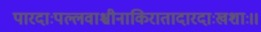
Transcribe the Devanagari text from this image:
पारदाःपल्लवाश्चीनाकिरातादारदाःखशाः।।